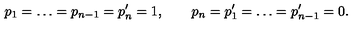
p _ { 1 } = \ldots = p _ { n - 1 } = p _ { n } ^ { \prime } = 1 , \qquad p _ { n } = p _ { 1 } ^ { \prime } = \ldots = p _ { n - 1 } ^ { \prime } = 0 .